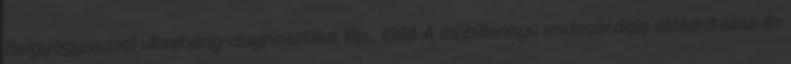
Belgyógyászati ultrahang-diagnosztika. Bp., 1988 A műbillentyű endocarditis előfordulása és